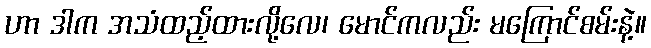
ဟာ ဒါက အသံထည့်ထားလို့လေ၊ မောင်ကလည်း မကြောင်စမ်းနဲ့။